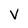
Character: V